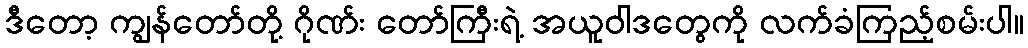
ဒီတော့ ကျွန်တော်တို့ ဂိုဏ်း တော်ကြီးရဲ့ အယူဝါဒတွေကို လက်ခံကြည့်စမ်းပါ။